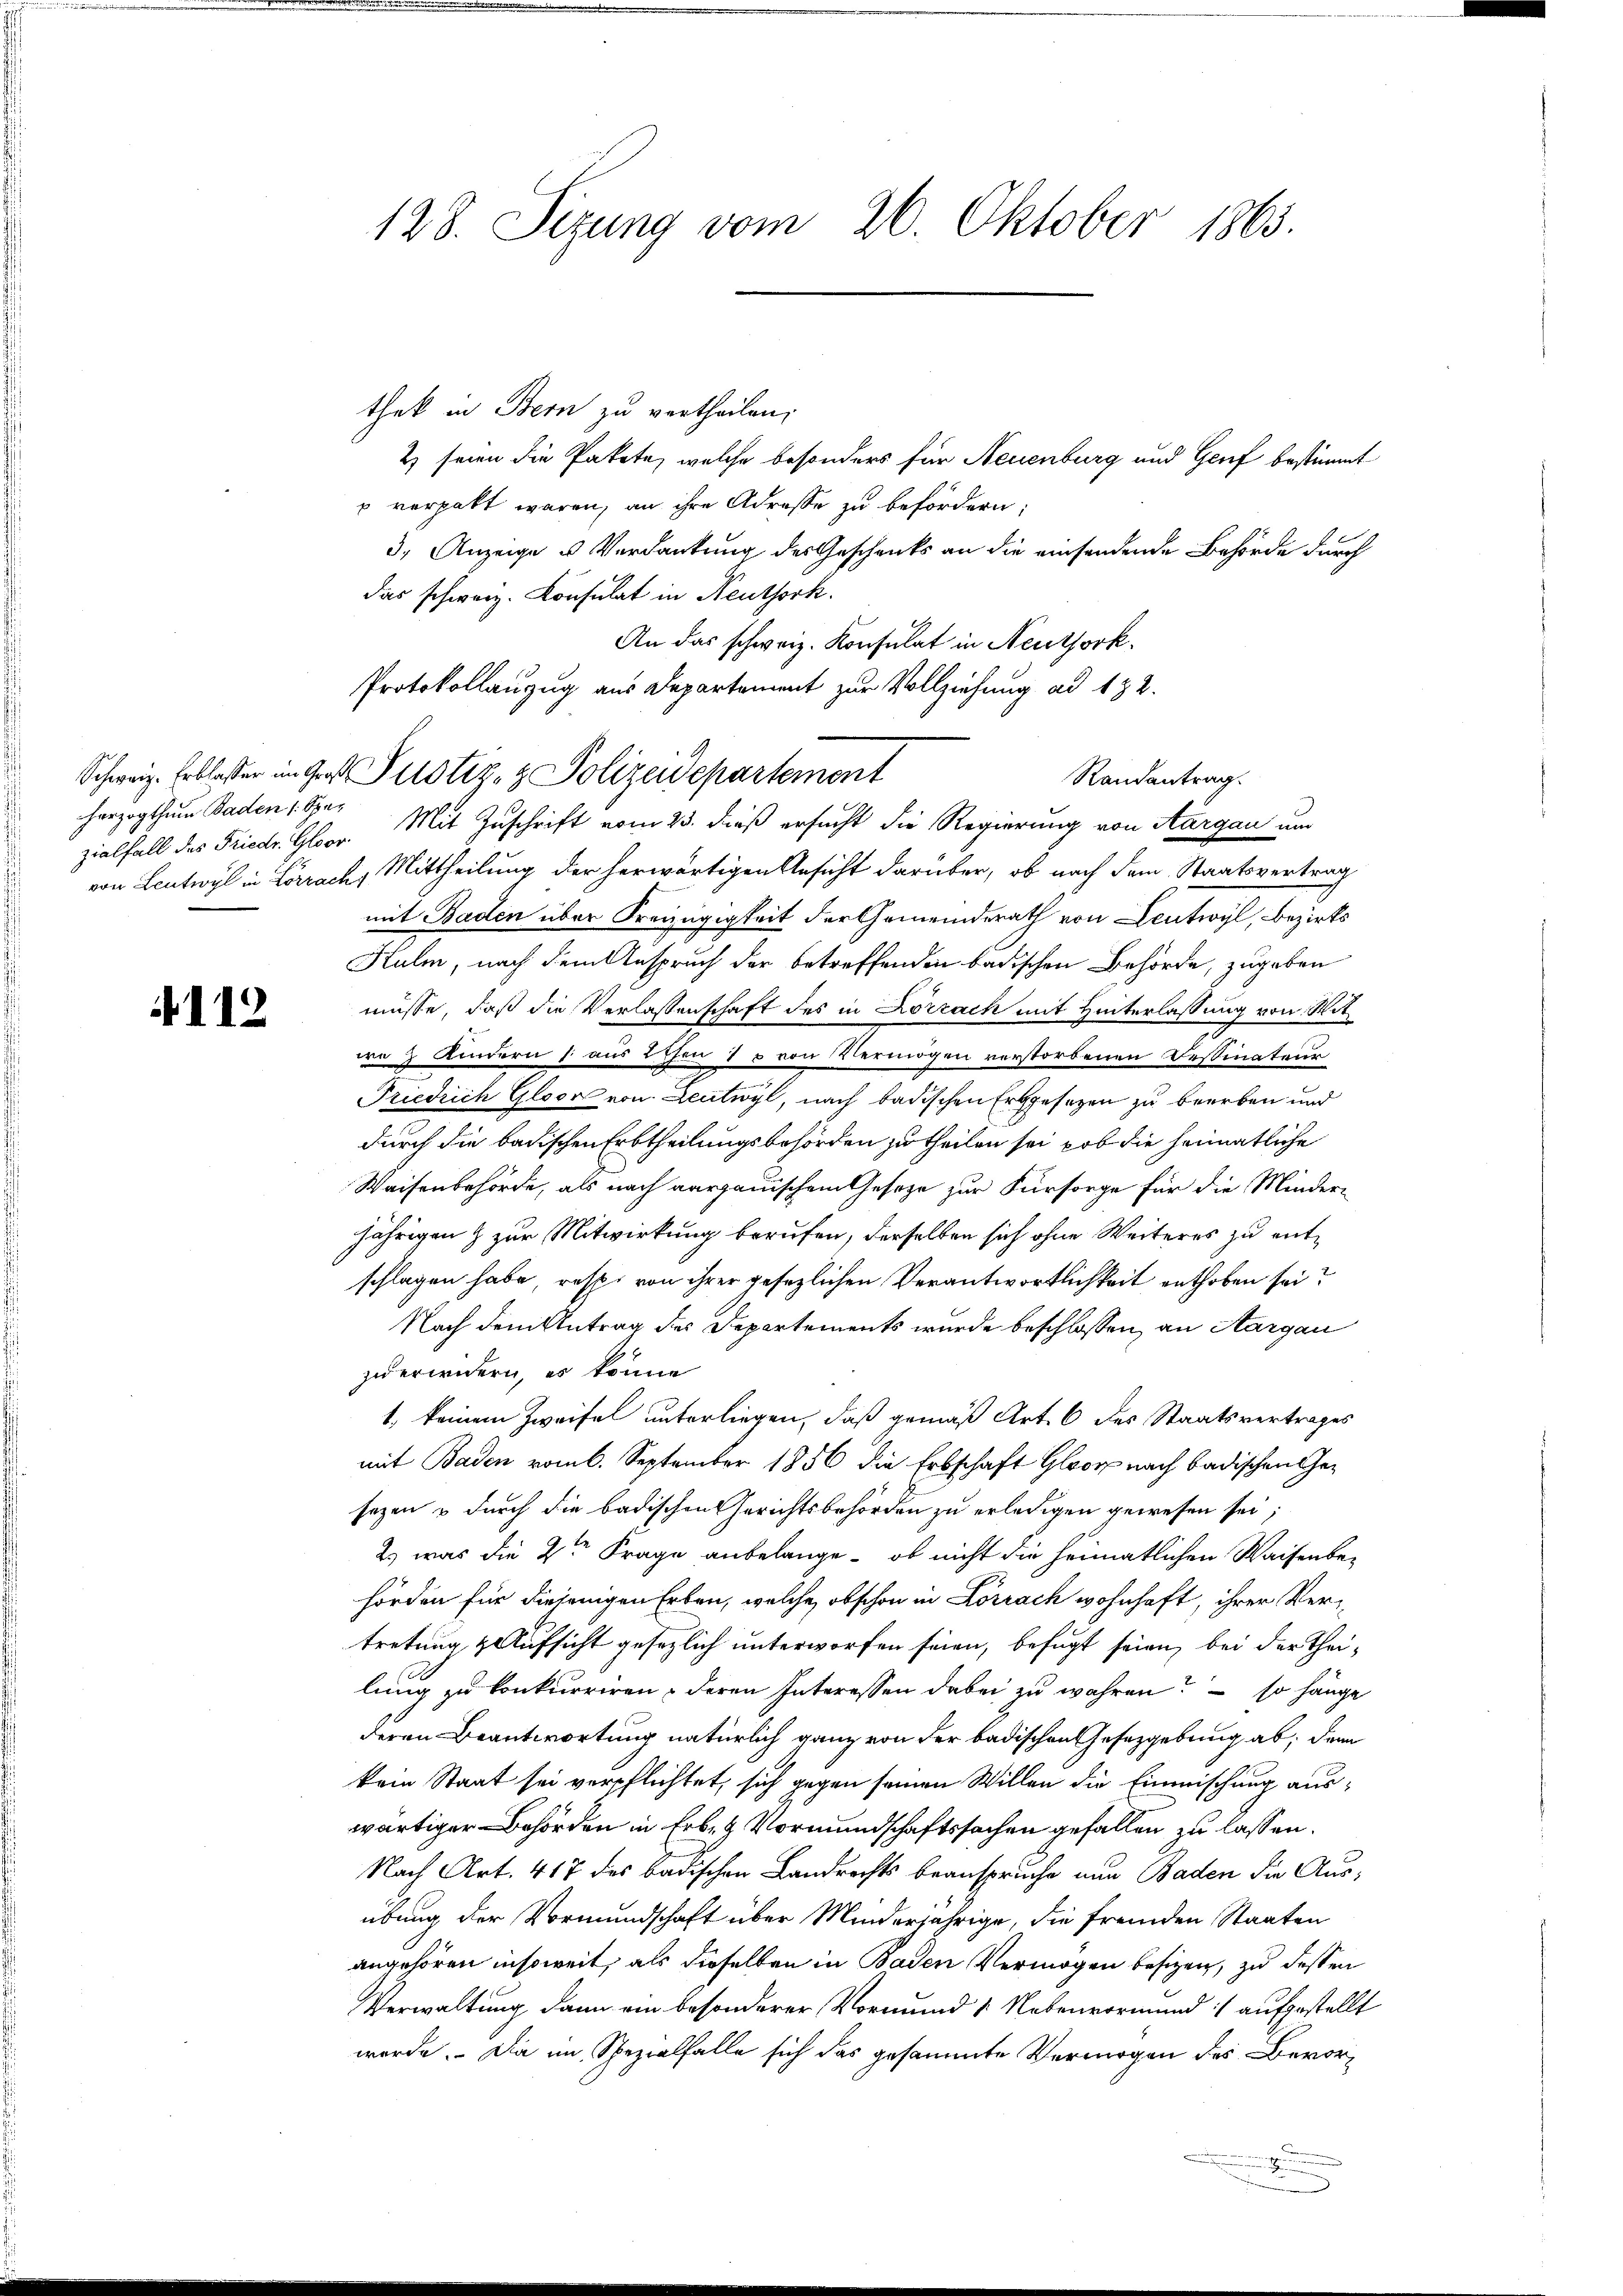
herzogthum Baden 1. Spe¬

112

128. Sezung vom 26. Oktober 1863.

thek in Bern zu vertheilen,
2) seien die Pakete, welche besonders für Neuenburg und Genf bestimmt
p verpakt waren, an ihre Adresse zu befördern;
3. Anzeige u. Verdankung des Geschenks an die einsendende Behörde durch
das schweiz. Konsulat in Neuthork.
An das schweiz. Konsulat in Neuthork
Protokollanzug aus Departement zur Vollziehung ad 132.
Randantrag.
zialfall des Friedr. Gloor. Mit Zuschrift vom 23. dieß ersucht die Regierung von Aargau um
von Leutwyl in Lörrach, Mittheilung der herwärtigen Ansicht darüber, ob nach dem Staatsvertrag
mit Baden über Kreizügigkeit der Gemeinderath von Leutwyl, bezirks
Kulm, nach dem Anspruch der betreffenden badischen Behörde, zugeben
müsse, daß die Verlassenschaft des in Lörrach mit Hinterlassung von Wit
wo 2 Kindern 1 aus Echon 15 von Vermögen verstorbenen Dessinateur
Friedrich Gloor von Leutwyl, nach badischen Erbgesezen zu beerben und
durch die badischen Erbtheilungsbehörden zu theilen sei, ob die heimatliche
Waisenbehörde, als nach aargauischem Gesetze zur Fürsorge für die Minder-
jährigen & zur Mitwirkung berufen, derselben sich ohne Weiteres zu entschlagen habe, resp. von ihrer gesezlichen Verantwortlichkeit enthoben sei?
Nach dem Antrag des Departements wurde beschlossen, an Aargau
zu erwidern, es könne
1) keinem Zweifel unterliegen, daß gemäß Art. 6 des Staatsvertrages
mit Baden vom 6. September 1856 die Erbschaft Gloor nach badischen Gesezen & durch die badischen Gerichtsbehörden zu erledigen gewesen sei;
2. was die 2ten Frage anbelange, ob nicht die heimatlichen Waisenbehörden für diejenigen Erben, welche obschon in Lörrach wohnhaft, ihrer Vertretung & Aufsicht gesezlich unterworfen seien, befugt seien, bei der Theilung zu konkurriren, deren Interessen dabei zu wahren? – so hänge
deren Beantwortung natürlich ganz von der badischen Gesetzgebung ab, dem
kein Staat sei verpflichtet, sich gegen seinen Willen die Einmischung auswärtiger Behörden in Erben Vormundschaftssachen gefallen zu lassen.
Nach Art. 417 des badischen Landrechts beanspruche nun Baden die Ausübung der Vormundschaft über Minderjährige, die fremden Staaten
angehören insoweit, als dieselben in Baden Vermögen besizen, zu dessen
Verwaltung dann ein besonderer Vormund 1 Nebenvormund aufgestellt
werde. Da im Spezialfalle sich das gesammte Vermögen des Bevor¬
.

Schweiz. Erblasser im Gro Pustiz- & Polizeidepartement